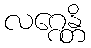
လဂ္ဂေန္တိ